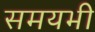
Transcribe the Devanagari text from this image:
समयभी